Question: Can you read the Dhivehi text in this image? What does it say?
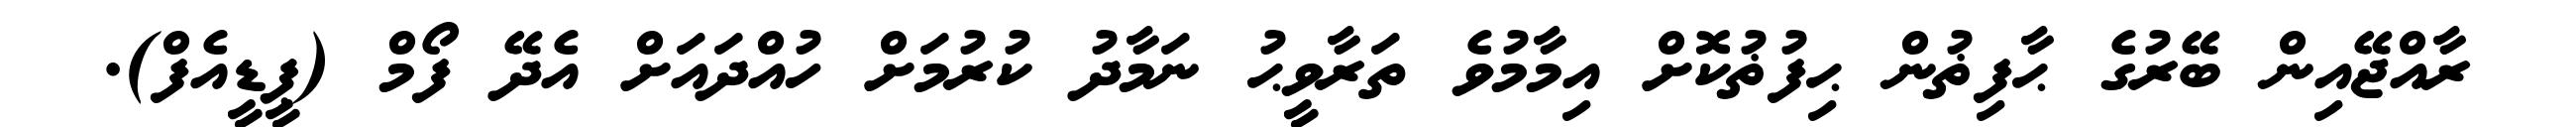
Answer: ރާއްޖޭއިން ބޭރުގެ ޙާފިޡުން ޙިފުޡުކޮށް އިމާމުވެ ތަރާވީޙު ނަމާދު ކުރުމަށް ހުއްދައަށް އެދޭ ފޯމް (ޕީޑީއެފް).